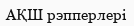
АҚШ рэпперлері